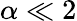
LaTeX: \alpha\ll 2